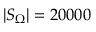
| S _ { \Omega } | = 2 0 0 0 0